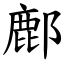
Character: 鄜